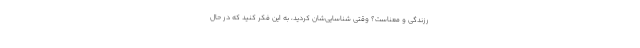
رزندگی و معناست؟ وقتی شناسایی‌شان کردید، به این فکر کنید که در حال